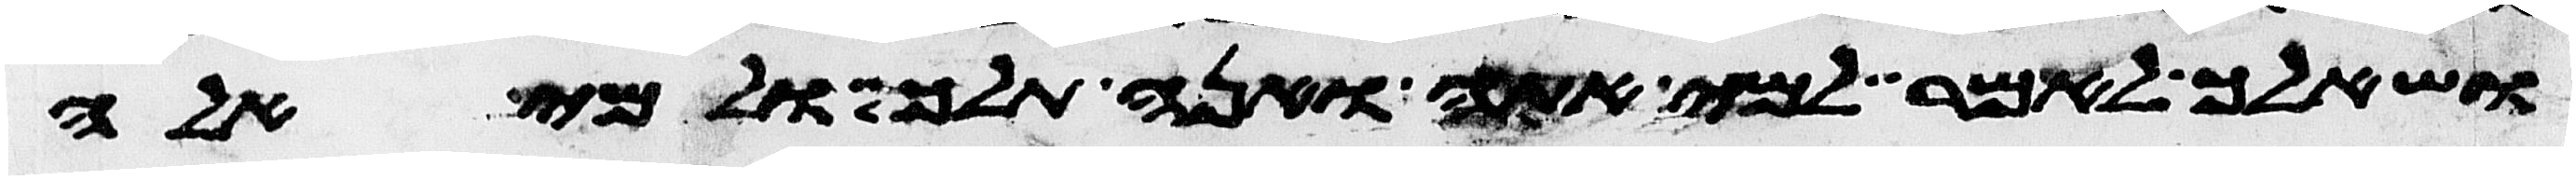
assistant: ושאלך לאמר למי אתה ואנה תלך ולמי אלה